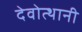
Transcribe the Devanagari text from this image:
देवोत्थानी